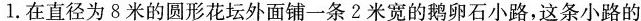
1.在直径为8米的圆形花坛外面铺一条2米宽的鹅卵石小路，这条小路的